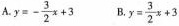
A.$$y = - \frac{3}{2} x + 3$$ B.$$y = \frac{3}{2} x + 3$$